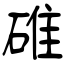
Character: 碓